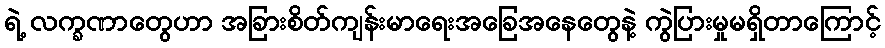
ရဲ့ လက္ခဏာတွေဟာ အခြားစိတ်ကျန်းမာရေးအခြေအနေတွေနဲ့ ကွဲပြားမှုမရှိတာကြောင့်